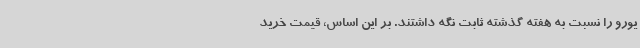
یورو را نسبت به هفته گذشته ثابت نگه داشتند. بر این اساس، قیمت خرید